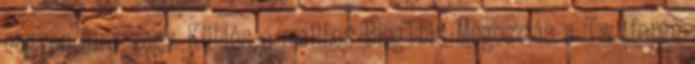
nagyon fura vagy Küldés e-mailben BlogThis Megosztás a Twitteren